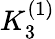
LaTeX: K_{3}^{(1)}